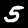
Digit: 5